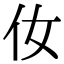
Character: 㚢